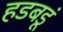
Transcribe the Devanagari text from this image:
हडबडूं